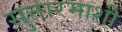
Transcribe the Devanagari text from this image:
सुतारमाशी